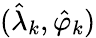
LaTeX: (\hat{\lambda}_{k},\hat{\varphi}_{k})